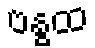
ဗန္ဓထ